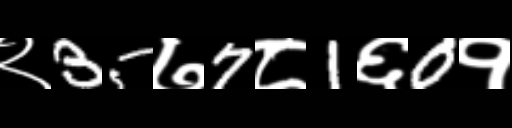
Text: २35७7८1६0१